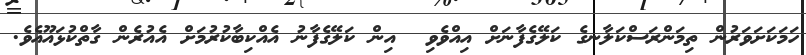
ހަމަކަށަވަރުން ތިމަންރަސްކަލާނގެ ކަލޭގެފާނަށް އިއްވެވި  އިން ކަލޭގެފާނު އެއްކިބާކުރުމަށް އެއުރެން ގާތްކުޅައޫއެވެ.